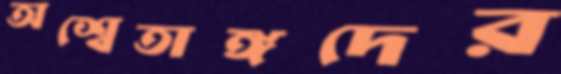
অশ্বেতাঙ্গদের